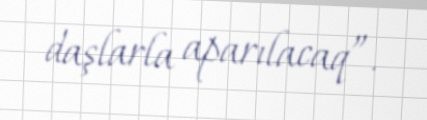
daşlarla aparılacaq”.